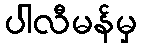
ပါလီမန်မှ